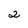
Character: 2